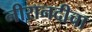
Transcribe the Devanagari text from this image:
नीरानदीचा